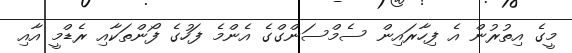
މީގެ އިތުރުން އެ ފިހާރައިން ސެމްސަންގްގެ އެންމެ ފަހުގެ ފޯންތަކާއި ރެޑްމީ އާއި